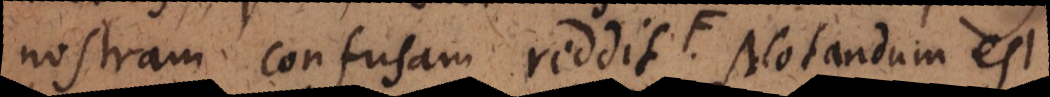
nostram confusam reddit, sed pendent